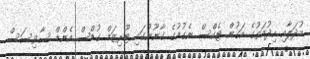
މުދަލާއި ހިދުމަތުގެ އަގުން ޓެކްސް ނެގުމުގެ ގާނޫނުގައި ޓޫރިޒަމް ގުޑްސް އެންޑް ސާވިސަސް